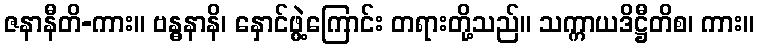
ဇနာနီတိ-ကား။ ဗန္ဓနာနိ၊ နှောင်ဖွဲ့ကြောင်း တရားတို့သည်။ သက္ကာယဒိဋ္ဌီတိစ၊ ကား။